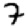
Digit: 7